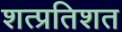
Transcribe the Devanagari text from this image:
शत्प्रतिशत